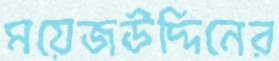
ময়েজউদ্দিনের